Vaccination in Bombay 1869-1873 - 1869-1873
Year: 1869
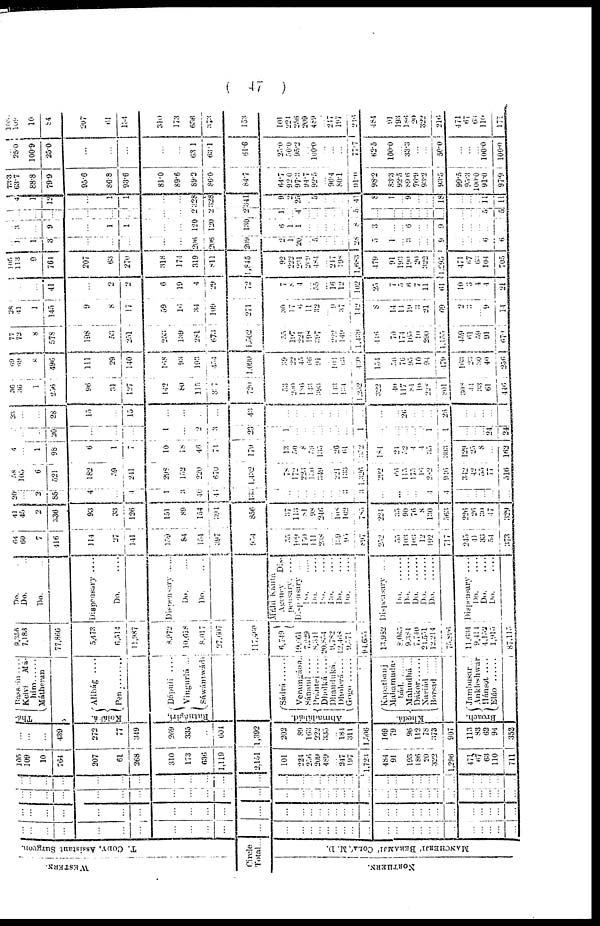
( 47 )
WESTERN.
T. CODY, Assistant Surgeon.
Circle
Total .
NORTHERN.
MANCHERJÍ BERAMJÍ COLÁ, M. D.
...
...
...
...
...
...
...
...
...
...
...
...
...
...
...
...
...
...
...
...
...
...
...
...
...
...
...
...
...
...
...
...
...
...
...
...
...
...
...
...
...
...
...
...
...
...
...
...
...
...
...
...
...
...
...
...
...
...
...
...
...
...
...
...
...
...
...
...
...
...
...
...
...
...
...
...
...
...
...
...
...
...
...
...
...
...
...
...
...
...
...
...
...
...
...
...
...
...
...
...
...
...
...
...
...
...
...
...
...
...
...
....
...
...
...
...
...
...
...
...
...
...
...
...
...
...
...
...
...
...
...
...
105
109
10
764
207
61
268
310
173
636
1,119
2,151
101
224
256
209
489
...
247
197
1,723
484
91
193
186
20
322
1,296
471
67
63
110
711
...
...
...
439
272
77
349
269
335
...
604
1,392
202
89
163
222
335
...
184
311
1,506
169
79
96
112
78
373
907
113
83
62
94
352
Thá-
Kolálá.
Bassain ....
Kelví Má-
him
Mátheran
Alibág . . . .
Pen
Ratnágirí,
Dápuli
....
Vingurlá ...
Sáwántwádá
Ahmadábád.
Sádrá ......
Veramgáon..
Sánand
....
Prántej
Dholká
Dhanduká.
Dholerá . . . .
Gogo ......
Khedá.
Kapathanj
Mahamuda-
b
á
d ......
Mahudhá ...
Dákor ......
Nariád
......
Borsad
......
Broach.
Jambusar ...
Ankleshwar
Hánsot
....
Eláo ......
9,356
7,183
77,866
5,473
6,514
11,987
8,972
10,618
8,017
27,607
117,460
6,749
19,661
7,229
8,341
20,854
9,782
12,468
9,571
94,655
13,952
8,065
9,384
7,740
21,551
12,214
75,896
11,634
9,414
4,152
1,915
87,115
Do. ....
Do. ....
Do. ....
Dispensary . . . .
Do.
....
Dispensary
....
Do. ....
Do. ....
Máhi
Kántá
Agency Dis-
pernsary ....
Dispensary ...
Do. ....
Do.
....
Do.
....
Do.
....
Do. ....
Do.
....
Dispensary
...
Do.
......
Do.
Do. .......
Do. .......
Do. ......
Dispensary
....
Do. ....
D
o
. ....
Do. ....
64
60
7
416
114
27
141
159
84
154
397
954
55
109
150
111
238
...
139
95
897
252
55
103
103
12
192
717
245
41
33
54
373
41
45
2
336
93
33
126
151
89
154
391
856
37
113
81
98
246
...
108
102
785
224
35
90
76
8
130
563
226
26
30
47
329
20
...
2
85
4
...
4
1
3
40
44
133
...
...
...
...
...
...
...
3
3
...
...
...
...
...
4
4
...
...
...
...
...
58
105
6
521
182
59
241
298
152
220
670
1,432
78
172
223
150
349
...
221
133
1,326
292
66
113
175
16
282
946
342
42
35
77
516
4
...
1
98
6
1
7
10
18
46
74
179
13
50
8
59
135
...
26
61
372
181
24
32
4
4
35
303
129
25
8
...
162
...
...
...
20
...
...
...
1
...
2
3
23
1
...
...
...
...
...
...
...
1
...
...
...
...
...
1
1
...
...
...
24
24
33
...
...
28
15
...
15
...
...
...
...
43
...
...
...
...
...
...
...
...
...
...
...
26
...
...
...
26
...
...
...
...
...
36
36
1
256
96
31
127
142
80
115
317
720
53
200
186
143
393
...
143
134
1,252
322
40
117
84
10
228
801
308
44
33
61
446
69
69
8
496
111
29
140
168
93
193
454
1,090
39
22
45
66
91
...
104
63
430
154
50
76
95
10
94
479
163
23
30
40
256
77
72
8
578
198
53
251
253
139
281
673
1,502
55
197
221
198
397
...
222
149
1,439
416
70
174
165
10
290
1,155
459
61
59
91
679
28
41
1
145
9
8
17
59
16
34
109
271
30
17
6
11
32
...
9
37
142
8
14
14
19
3
21
69
2
3
...
9
14
...
...
...
41
...
2
2
6
19
4
29
72
7
8 4
...
55
... 16
12
102
25
7
5
6 7
11
61
10
3
4
4
21
105
113
9
764
207
63
270
318
174
319
811
1,845
92
222
231
209
484
...
217
108
1,683
479
91
193
190
20
322
1,295
471
67
63
104
705
...
1
1
3
...
...
...
...
...
206
206
209
2
1
20
...
5
...
...
...
28
5
1
...
3
...
...
9
...
...
...
6
6
...
3
...
9
...
1
1
...
...
120
120
130
6
1
1
...
...
...
...
...
8
3
...
...
6
...
...
9
...
...
...
...
...
...
...
...
...
...
...
...
...
...
2
2
2
1
...
4
...
...
...
...
...
5
...
...
...
...
...
...
...
...
...
...
5
5
...
4
1
12
...
1
1
...
...
328
328
341
9
2
25
...
5
...
...
...
41
8
1
...
9
...
...
18
...
...
...
11
11
73.3
63.7
88.8
79.9
95.6
86.8
93.6
81.0
89.6
89.2
86.0
84.7
64.7
92.0
97.3
94.7
92.5
...
96.4
80.1
91.0
98.2
83.3
92.5
89.6
76.9
93.2
93.5
99.5
95.3
100.0
91.0
97.9
...
25.0
100.9
25.0
...
...
...
...
...
63.1
63.1
61.6
25.0
50.0
95.2
...
100.0
...
...
...
77.7
62.5
100.0
...
33.3
...
...
50.0
...
...
...
100.0
100.0
105
108
10
84
207
61
134
310
173
636
373
153
101
224
256
209
489
...
247
197
216
484
91
193
186
20
322
216
471
67
63
110
177